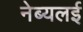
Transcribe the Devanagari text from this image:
नेब्यलई